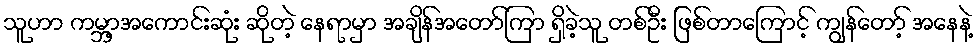
သူဟာ ကမ္ဘာ့အကောင်းဆုံး ဆိုတဲ့ နေရာမှာ အချိန်အတော်ကြာ ရှိခဲ့သူ တစ်ဦး ဖြစ်တာကြောင့် ကျွန်တော့် အနေနဲ့